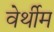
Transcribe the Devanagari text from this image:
वेर्थीम